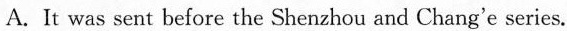
B.It was sent by a Long March 5 rocket in Hainan Island.